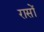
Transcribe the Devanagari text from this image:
रासों